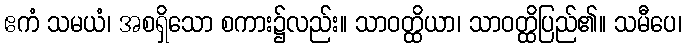
ဧကံ သမယံ၊ အစရှိသော စကား၌လည်း။ သာဝတ္ထိယာ၊ သာဝတ္ထိပြည်၏။ သမီပေ၊